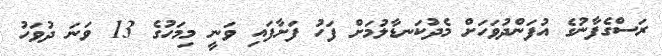
ރަސްގެފާނުގެ އުފަންދުވަހަށް މެދުކަނޑާލުމަށް ފަހު ފަށާފައި ވަނީ މިމަހުގެ 13 ވަނަ ދުވަހު